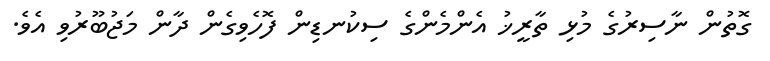
ގޮތުން ނާސިރުގެ މުޅި ތާރީޚު އެންމެންްގެ ސިކުނޑިން ފޮހެވިގެން ދާން މަޖުބޫރުވި އެވެ.